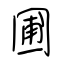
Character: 圃